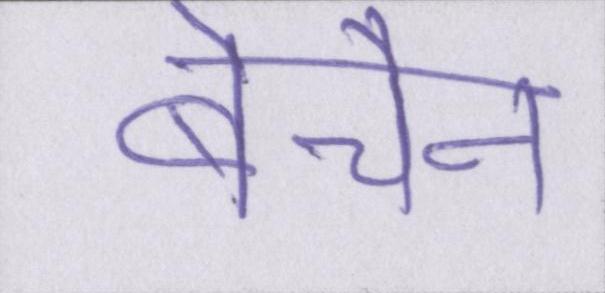
बेचैन